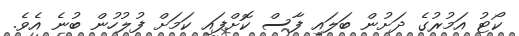
ކޯޓު އަމުރުގެ ދަށުން ބަލައި ފާސް ކޮށްފައި ކަމަށް ފުލުހުން ބުނެ އެވެ.